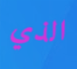
الذي